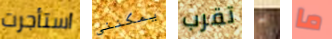
استأجرت يمكنني تقرب به ما